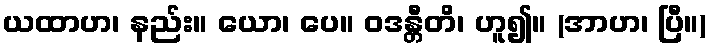
ယထာဟ၊ နည်း။ ယော၊ ပေ။ ဝဒန္တီတိ၊ ဟူ၍။ (အာဟ၊ ပြီ။)